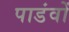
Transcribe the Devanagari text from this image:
पाडंवों